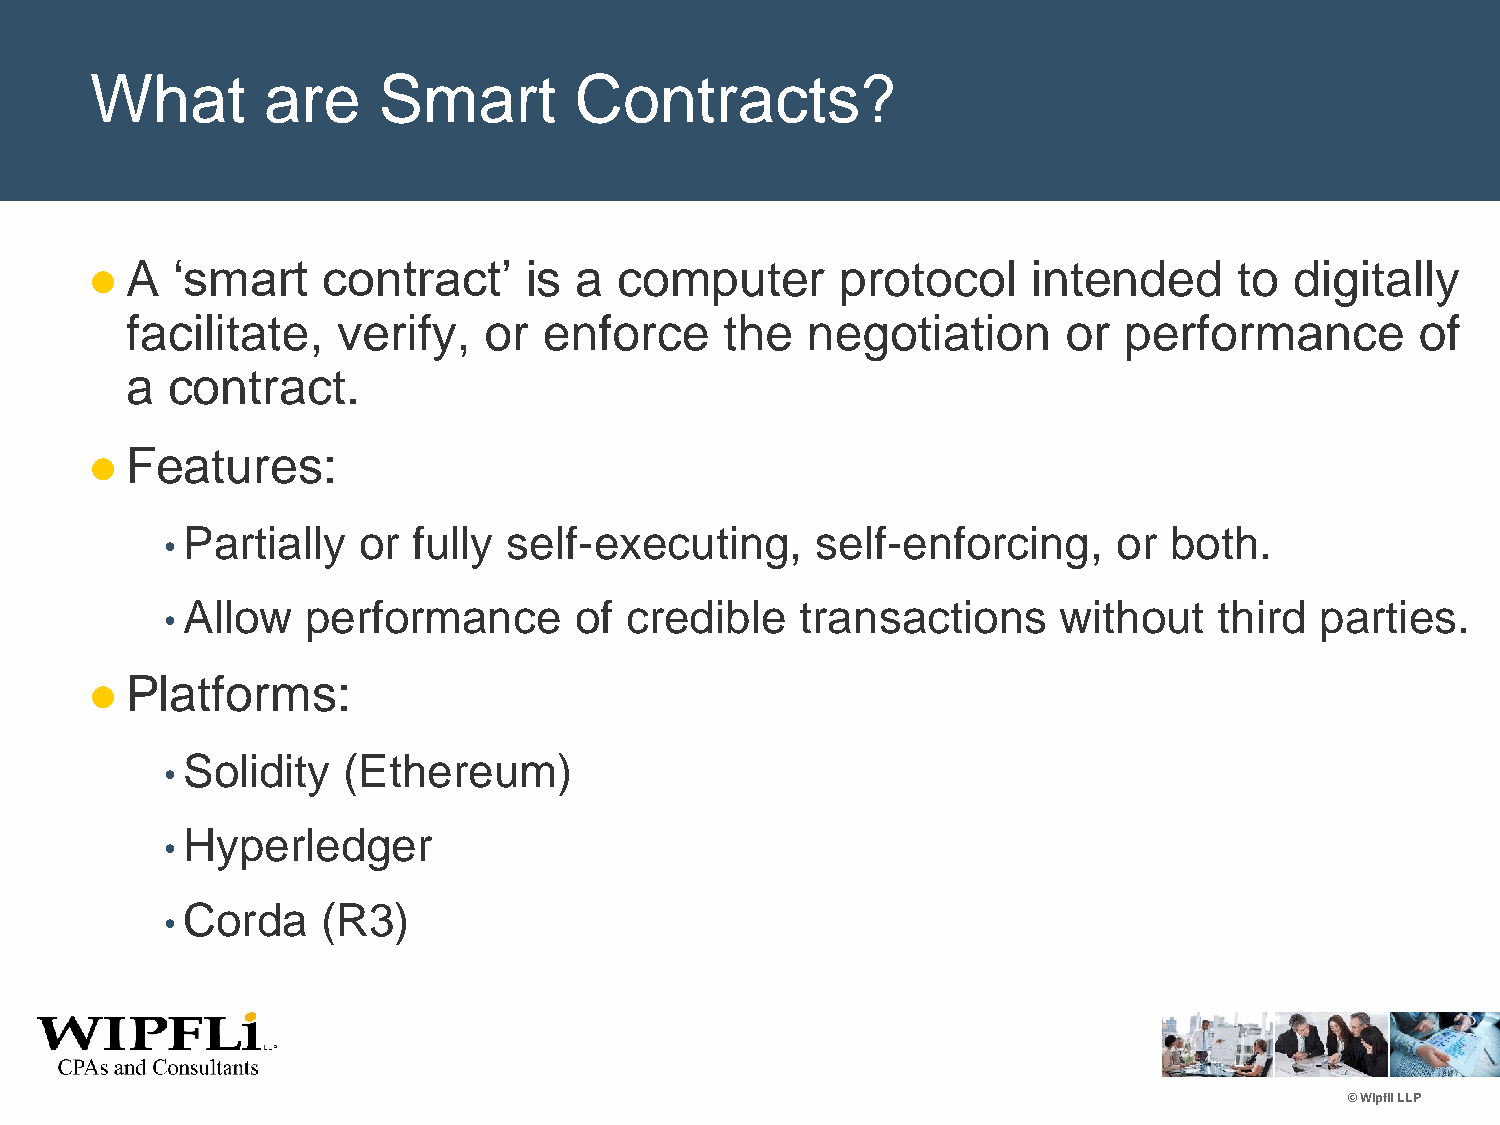
What       are     Smart        Contracts?
 A  ‘smart    contract’     is a  computer       protocol    intended      to  digitally
 
 facilitate,   verify,   or  enforce     the  negotiation       or performance         of
 a  contract.
 Features:
 
 Partially   or fully  self-executing,     self-enforcing,     or both.
 •
 Allow   performance       of credible    transactions     without    third parties.
 •
 Platforms:
 
 Solidity   (Ethereum)
 •
 Hyperledger
 •
 Corda    (R3)
 •
 © Wipfli LLP